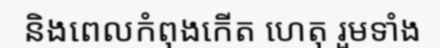
និងពេលកំពុងកើត ហេតុ រួមទាំង